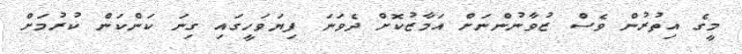
މީގެ އިތުރުން ވެސް ޒުވާނުންނަށް އަމާޒުކޮށް ދެވަނަ ފިޔަވަހީގައި ގިނަ ކަންކަން ކުރުމަށް